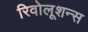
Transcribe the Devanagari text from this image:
रिवोलूशन्स